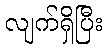
လျက်ရှိပြီး